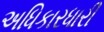
અધિકારધારી